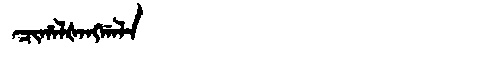
Manchu: ᠴᡳᡥᠠᠯᡧᠠᠩᡤᠠᠯᠠ
Romanization: CIHALŠANGGALA